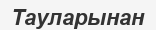
Тауларынан